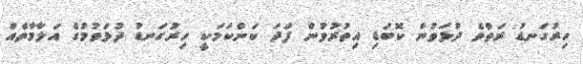
ހިރުގަނޑު ރަތްވެ ދުޅަވުން ކޮބަޑި އިތުރުވުން ފަދަ ކަންކަމަކީ ހިރުގަނޑު ދުޅަވުމުގެ އަލާމާތެއް